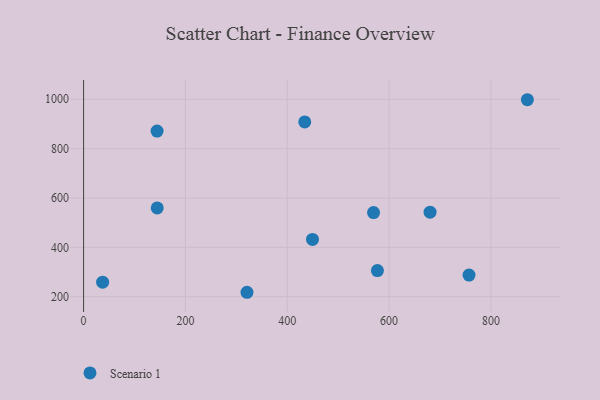
{"axis": {"x": "Distance", "y": "Rating"}, "legend": ["Scenario 1"], "data": [{"x": "37.4", "y": 259.0, "type": "Scenario 1"}, {"x": "680.4", "y": 542.7, "type": "Scenario 1"}, {"x": "434.3", "y": 908.2, "type": "Scenario 1"}, {"x": "756.9", "y": 287.5, "type": "Scenario 1"}, {"x": "144.3", "y": 871.2, "type": "Scenario 1"}, {"x": "577.0", "y": 305.9, "type": "Scenario 1"}, {"x": "449.5", "y": 432.3, "type": "Scenario 1"}, {"x": "569.4", "y": 540.8, "type": "Scenario 1"}, {"x": "320.9", "y": 218.0, "type": "Scenario 1"}, {"x": "871.5", "y": 998.1, "type": "Scenario 1"}, {"x": "144.6", "y": 559.8, "type": "Scenario 1"}]}